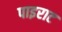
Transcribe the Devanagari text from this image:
पाइराट